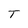
Character: T